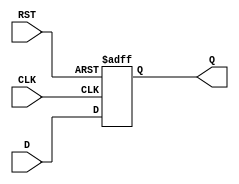
module synchronous_register (
    input wire [N-1:0] D,  // Data input
    input wire CLK,        // Clock input
    input wire RST,        // Reset input
    output reg [N-1:0] Q   // Data output
);
    parameter N = 8; // Parameter for data width; default to 8 bits

    // Always block triggered on the rising edge of the clock or reset
    always @(posedge CLK or posedge RST) begin
        if (RST) begin
            Q <= 0; // Asynchronous reset
        end
        else begin
            Q <= D; // Capture data on the rising edge of the clock
        end
    end
endmodule